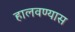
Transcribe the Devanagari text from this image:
हालवण्यास